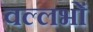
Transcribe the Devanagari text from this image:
वल्लभों